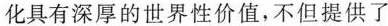
化具有深厚的世界性价值，不但提供了